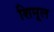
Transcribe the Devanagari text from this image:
शिमूल